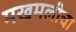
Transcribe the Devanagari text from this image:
मखमलीचा